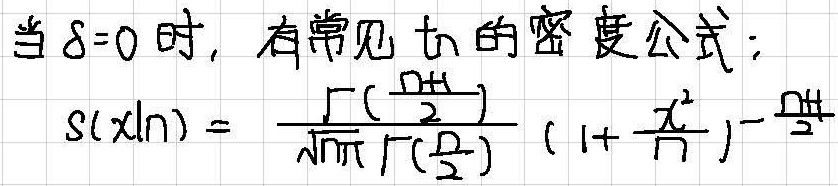
当$\delta = 0$时，有常见$t_n$的密度公式：
\[
s(x|n)=\frac{\Gamma(\frac{n + 1}{2})}{\sqrt{n\pi}\Gamma(\frac{n}{2})}(1 + \frac{x^{2}}{n})^{-\frac{n + 1}{2}}
\]